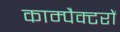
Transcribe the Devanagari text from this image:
काम्पैक्टरों